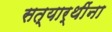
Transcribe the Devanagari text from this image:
सत्यार्थींना